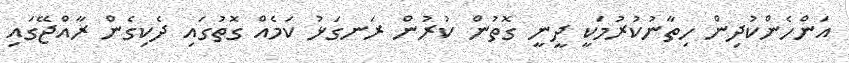
އަންހެންކުދިން ހިތާނުކުރުމަކީ ދީނީ ގޮތުން ކުރުން ރަނގަޅު ކަމެއް ގޮތުގައި ދެކިގެން ރާއްޖޭގައި